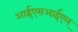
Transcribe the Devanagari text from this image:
आईएसआईएल्